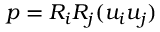
p = R _ { i } R _ { j } ( u _ { i } u _ { j } )